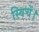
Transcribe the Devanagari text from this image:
स्विचें।